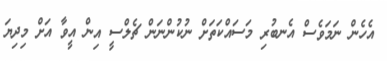
އެހެން ނަމަވެސް އެނބުރި މަސައްކަތަށް ނުކުންނަން ޗެލްސީ އިން އީވާ އަށް މިދިޔަ